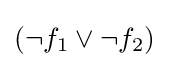
(\lnot f_{1}\lor \lnot f_{2})